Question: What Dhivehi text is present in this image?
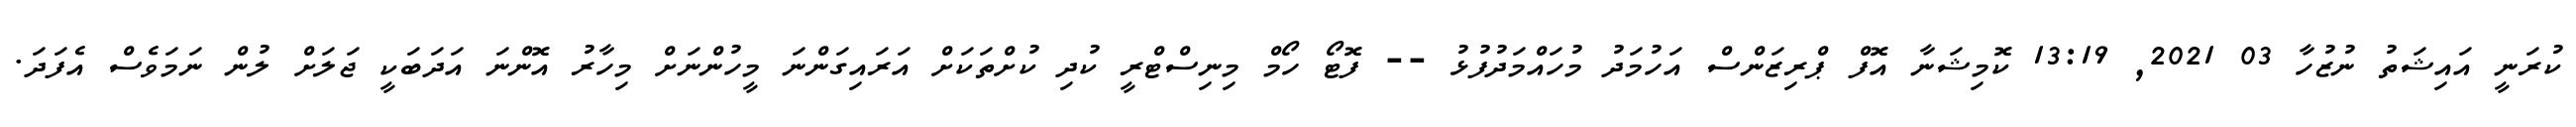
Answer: ކުރަނީ އައިޝަތު ނުޒުހާ 03 2021, 13:19 ކޮމިޝަނާ އޮފް ޕްރިޒަންސް އަހުމަދު މުހައްމަދުފުޅު -- ފޮޓޯ ހޯމް މިނިސްޓްރީ ކުދި ކުށްތަކަށް އަރައިގަންނަ މީހުންނަށް މިހާރު އޮންނަ އަދަބަކީ ޖަލަށް ލުން ނަމަވެސް އެފަދަ.